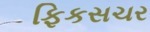
ફિકસચર